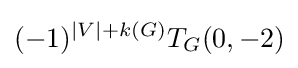
(-1)^{|V|+k(G)}T_{G}(0,-2)